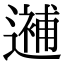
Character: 𨗗